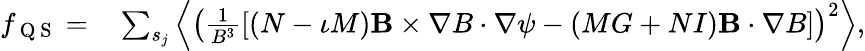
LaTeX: \begin{array}{rl}{f_{\mathrm{~Q~S~}}=}&{{}\sum_{s_{j}}\left<\left(\frac{1}{B^{3}}\left[(N-\iota M)\mathbf B\times\nabla B\cdot\nabla\psi-(MG+NI)\mathbf B\cdot\nabla B\right]\right)^{2}\right>,}\end{array}